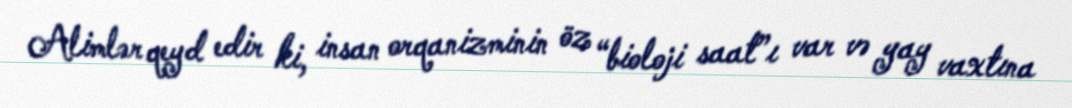
Alimlər qeyd edir ki, insan orqanizminin öz “bioloji saat”ı var və yay vaxtına